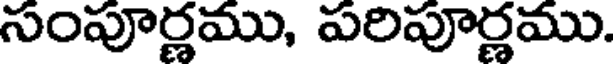
సంపూర్ణము, పరిపూర్ణము.